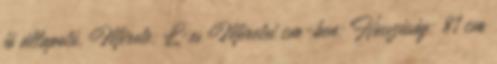
jó állapotú. Mérete: L-es Méretei cm-ben: Hosszúság: 81 cm